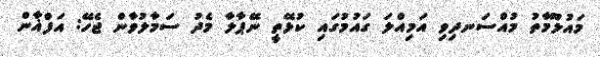
މައުލޫމާތު މުއްސަނދިވި އަމިއްލަ ގައުމުގައި ކުޅޭތީ ނޭޕާލާ މެދު ސަމާލުވާން ޖެހޭ: އަފްޣާން